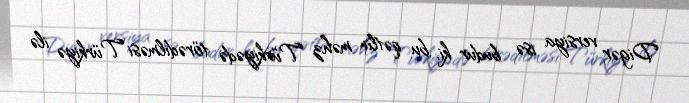
Digər versiya isə budur ki, bu qətlin məhz Türkiyədə törədilməsi Türkiyə ilə